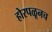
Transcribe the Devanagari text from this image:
होरपळूनच